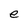
Character: e